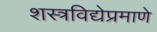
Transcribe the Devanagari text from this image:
शस्त्रविद्येप्रमाणे